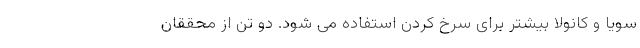
سویا و کانولا بیشتر برای سرخ کردن استفاده می شود. دو تن از محققان